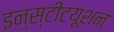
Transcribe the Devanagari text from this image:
इन्स्टीटयूशन